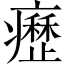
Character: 𤻤